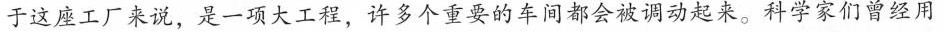
于这座工厂来说，是一项大工程，许多个重要的车间都会被调动起来。科学家们曾经用